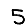
Digit: 5